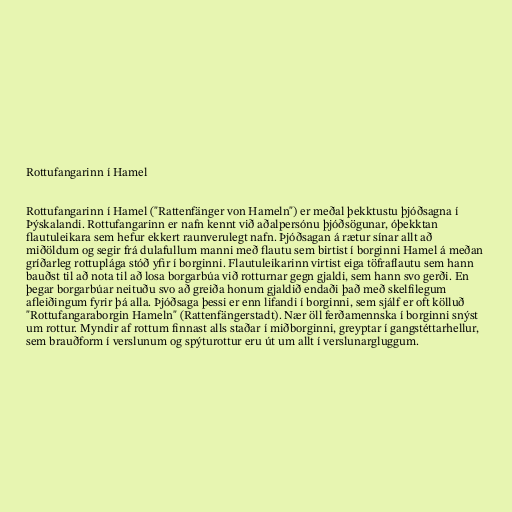
Rottufangarinn í Hamel

Rottufangarinn í Hamel ("Rattenfänger von Hameln") er meðal þekktustu þjóðsagna í
Þýskalandi. Rottufangarinn er nafn kennt við aðalpersónu þjóðsögunar, óþekktan
flautuleikara sem hefur ekkert raunverulegt nafn. Þjóðsagan á rætur sínar allt að
miðöldum og segir frá dulafullum manni með flautu sem birtist í borginni Hamel á meðan
gríðarleg rottuplága stóð yfir í borginni. Flautuleikarinn virtist eiga töfraflautu sem hann
bauðst til að nota til að losa borgarbúa við rotturnar gegn gjaldi, sem hann svo gerði. En
þegar borgarbúar neituðu svo að greiða honum gjaldið endaði það með skelfilegum
afleiðingum fyrir þá alla. Þjóðsaga þessi er enn lifandi í borginni, sem sjálf er oft kölluð
"Rottufangaraborgin Hameln" (Rattenfängerstadt). Nær öll ferðamennska í borginni snýst
um rottur. Myndir af rottum finnast alls staðar í miðborginni, greyptar í gangstéttarhellur,
sem brauðform í verslunum og spýturottur eru út um allt í verslunargluggum.